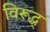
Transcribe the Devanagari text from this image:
विरूद्ध्